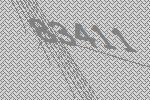
83411